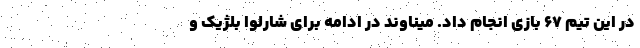
در این تیم ۶۷ بازی انجام داد. میناوند در ادامه برای شارلوا بلژیک و